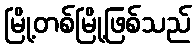
မြို့တစ်မြို့ဖြစ်သည်